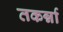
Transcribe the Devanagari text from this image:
तकर्न्ना